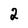
Character: 2